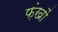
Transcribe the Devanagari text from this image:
फ़ंखों